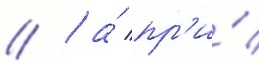
// / а́ пр'и́